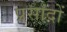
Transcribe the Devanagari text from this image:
प्रसादों